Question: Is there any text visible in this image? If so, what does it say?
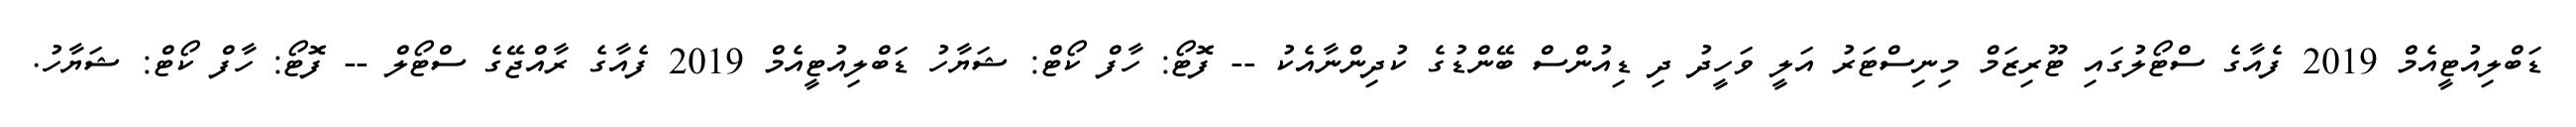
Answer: ޑަބްލިއުޓީއެމް 2019 ފެއާގެ ސްޓޯލުގައި ޓޫރިޒަމް މިނިސްޓަރު އަލީ ވަހީދު ދި ޑިއުންސް ބޭންޑުގެ ކުދިންނާއެކު -- ފޮޓޯ: ހާފް ކޯޓް: ޝަޔާހު ޑަބްލިއުޓީއެމް 2019 ފެއާގެ ރާއްޖޭގެ ސްޓޯލް -- ފޮޓޯ: ހާފް ކޯޓް: ޝަޔާހު.